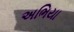
અભિયા